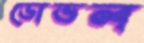
ডোভল